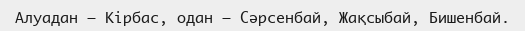
Алуадан – Кірбас, одан – Сәрсенбай, Жақсыбай, Бишенбай.